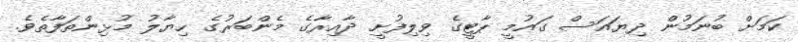
ކަމަށް ބުނަމުން ދިޔައަސް ގައުމީ ޕާޓީގެ ވިލިފުށީ ދާއިރާގެ މެންބަރުގެ ހިޔާލު މުޅިންތަފާތެވެ.